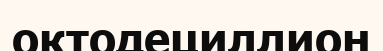
октодециллион